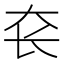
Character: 𰋛